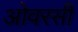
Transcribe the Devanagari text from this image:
ओवरसी